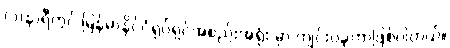
(၁)နာရီတွင် မြန်မာနိုင်ငံရုပ်ရှင်အစည်းအရုံး မှာ ကျင်းပခဲ့တာဖြစ်ပါတယ်။